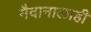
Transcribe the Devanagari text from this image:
मैदानालाही